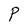
Character: P